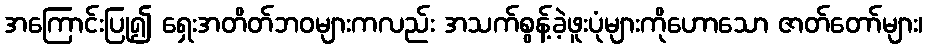
အကြောင်းပြု၍ ရှေးအတိတ်ဘဝများကလည်း အသက်စွန့်ခဲ့ဖူးပုံများကိုဟောသော ဇာတ်တော်များ၊